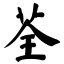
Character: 荃